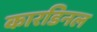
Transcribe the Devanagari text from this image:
कारडिनल